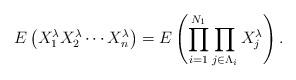
LaTeX: \begin{align*}E\left(X_1^\lambda X_2^\lambda \cdots X_n^\lambda\right) = E\left(\prod_{i=1}^{N_1} \prod_{j \in \Lambda_i}X_j^\lambda\right).\end{align*}